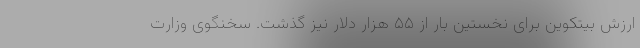
ارزش بیتکوین برای نخستین بار از ۵۵ هزار دلار نیز گذشت. سخنگوی وزارت